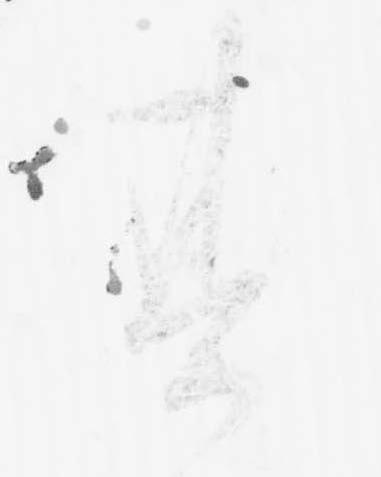
其